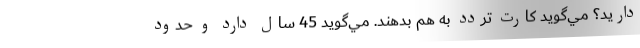
داريد؟ مي‌گويد كارت تردد به‌ هم بدهند. مي‌گويد 45 سال دارد و حدود